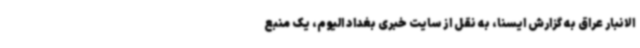
الانبار عراق به گزارش ایسنا، به نقل از سایت خبری بغداد الیوم، یک منبع